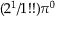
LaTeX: ( 2 ^ { 1 } / 1 ! ! ) \pi ^ { 0 }